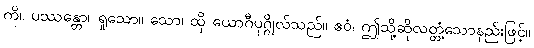
ကို။ ပဿန္တော၊ ရှုသော။ သော၊ ထို ယောဂီပုဂ္ဂိုလ်သည်။ ဧဝံ၊ ဤသို့ဆိုလတ္တံ့သောနည်းဖြင့်။